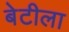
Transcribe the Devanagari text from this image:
बेटीला